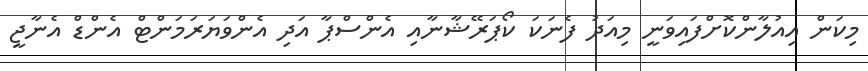
މިކަން އިއުލާންކޮށްފައިވަނީ މިއަދު ފެނަކަ ކޯޕަރޭޝާނާއި އެންސްޕާ އަދި އެންވަޔަރަމަންޓް އެންޑް އެނާޖީ